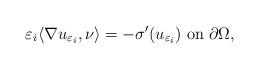
LaTeX: \begin{align*}\varepsilon_i \langle \nabla u_{\varepsilon_i}, \nu \rangle = - \sigma^{\prime}(u_{\varepsilon_i}) \mbox{ on} \; \partial \Omega, \end{align*}